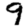
Digit: 9